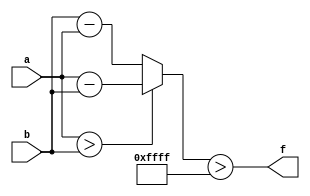
module wce_mit(a, b, f);
parameter _bit = 33;
parameter wce = 65535;
input [_bit - 1: 0] a;
input [_bit - 1: 0] b;
output f;
wire [_bit - 1: 0] diff;
assign diff = (a > b)? (a - b): (b - a);
assign f = (diff > wce);
endmodule